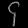
Digit: ၄